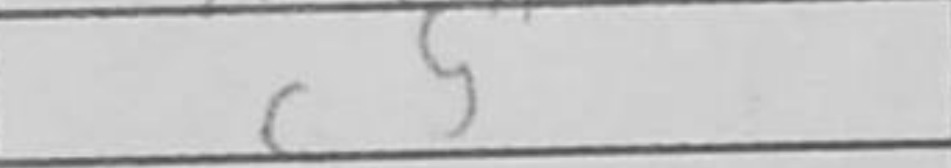
Transcription: c5